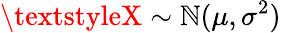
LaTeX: \textstyleX\sim\mathbb{N}(\mu,\sigma^{2})